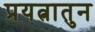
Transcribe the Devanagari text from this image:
प्रयत्नातुन